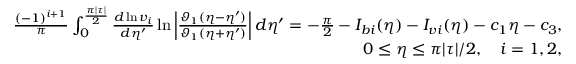
\begin{array} { r } { \frac { ( - 1 ) ^ { i + 1 } } { \pi } \int _ { 0 } ^ { \frac { \pi | \tau | } { 2 } } \frac { d \ln v _ { i } } { d \eta ^ { \prime } } \ln \left| \frac { \vartheta _ { 1 } ( \eta - \eta ^ { \prime } ) } { \vartheta _ { 1 } ( \eta + \eta ^ { \prime } ) } \right| d \eta ^ { \prime } = - \frac { \pi } { 2 } - I _ { b i } ( \eta ) - I _ { v i } ( \eta ) - c _ { 1 } \eta - c _ { 3 } , } \\ { 0 \le \eta \le \pi | \tau | / 2 , \quad i = 1 , 2 , } \end{array}